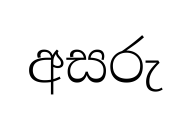
අසරු